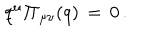
q ^ { \mu } { { \bf \Pi } _ { \mu \nu } } ( q ) \, = \, 0 \, .